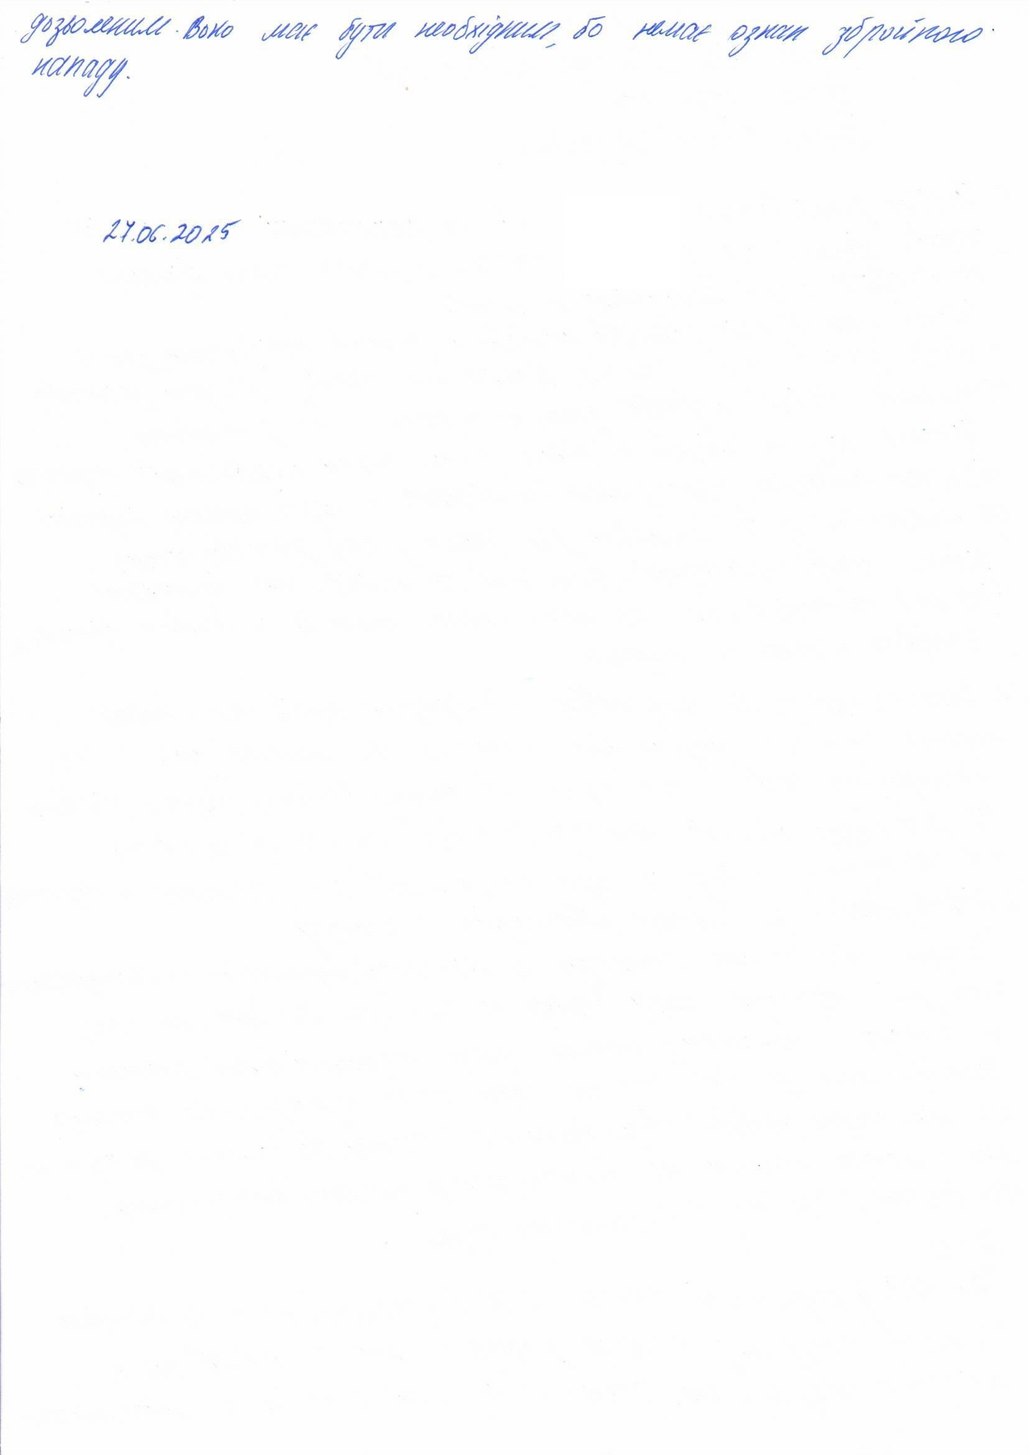
дозволеним. Воно має бути необхідним, бо немає ознак збройного нападу.
27.06.2025